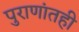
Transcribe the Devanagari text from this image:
पुराणांतही